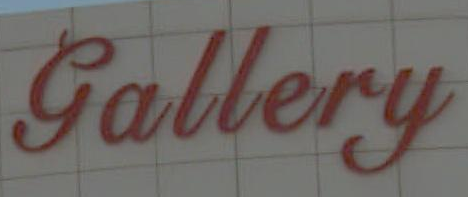
Gallery